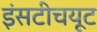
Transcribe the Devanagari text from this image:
इंसटीचयूट